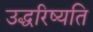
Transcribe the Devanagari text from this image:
उद्धरिष्यति